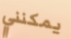
يمكنني